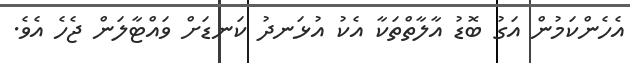
އެހެންކަމުން އަގު ބޮޑު އާލާތްތަކާ އެކު އުޅަނދު ކަނޑަށް ވައްޓާލަން ޖެހެ އެވެ.